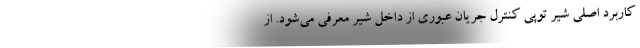
کاربرد اصلی شیر توپی کنترل جریان عبوری از داخل شیر معرفی می‌شود. از